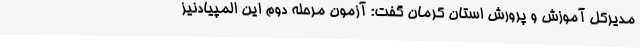
مدیرکل آموزش و پرورش استان کرمان گفت: آزمون مرحله دوم این المپیادنیز